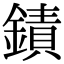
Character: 䥊